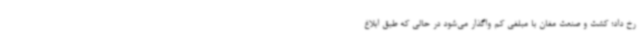
رخ داد؛ کشت و صنعت مغان با مبلغی کم واگذار می‌شود در حالی که طبق ابلاغ